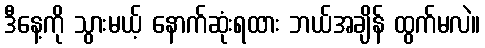
ဒီနေ့ကို သွားမယ့် နောက်ဆုံးရထား ဘယ်အချိန် ထွက်မလဲ။